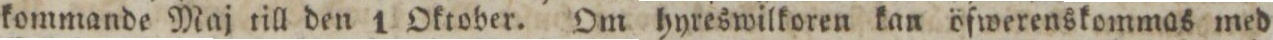
kommande Maj till den 1 Oktober. Om hyreswilkoren kan öfwerenskommas med